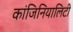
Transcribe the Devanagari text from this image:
कांजिनियालिटी